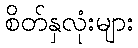
စိတ်နှလုံးများ